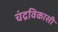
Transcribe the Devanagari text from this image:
चंद्रविकासी